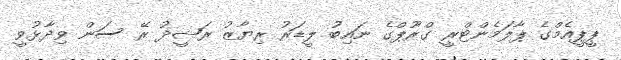
ޕީޕީއެމްގެ ޕާލަމެންޓްރީ ގްރޫޕްގެ ނައިބުު ލީޑަރު ރިޔާޒު ރަޝީދު ރޭ ސަން ވިދާޅުވީ